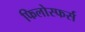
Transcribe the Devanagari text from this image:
फिलोस्फर्स